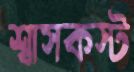
শ্বাসকস্ট